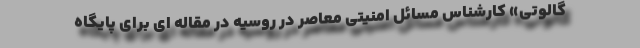
گالوتی» کارشناس مسائل امنیتی معاصر در روسیه در مقاله ای برای پایگاه